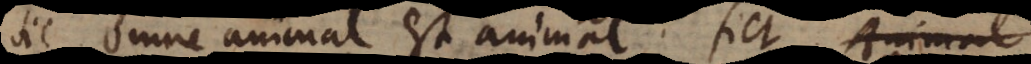
Sic Omne animal est animal fiet Animal